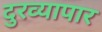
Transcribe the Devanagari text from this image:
दुरव्यापार